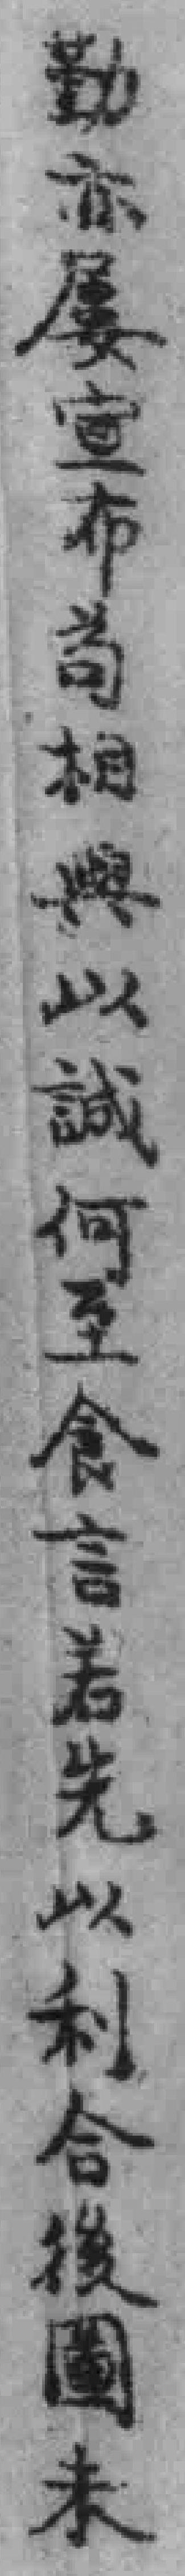
勤亦屢宣布苟相與以誠何至食言若先以利合後圖未